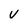
Character: V